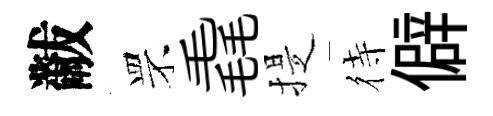
黻罘毳提待僻